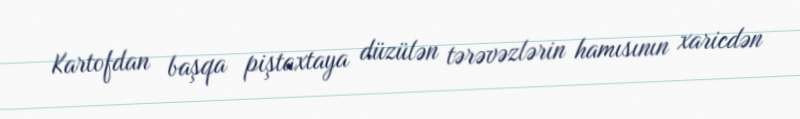
Kartofdan başqa piştaxtaya düzülən tərəvəzlərin hamısının xaricdən